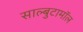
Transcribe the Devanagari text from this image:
साल्बुटामॉल